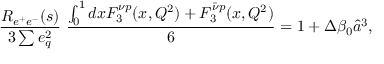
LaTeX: { \frac { R _ { e ^ { + } e ^ { - } } ( s ) } { 3 \sum e _ { q } ^ { 2 } } } ~ { \frac { \int _ { 0 } ^ { 1 } d x F _ { 3 } ^ { \nu p } ( x , Q ^ { 2 } ) + F _ { 3 } ^ { \bar { \nu } p } ( x , Q ^ { 2 } ) } { 6 } } = 1 + \Delta \beta _ { 0 } \widehat a ^ { 3 } ,